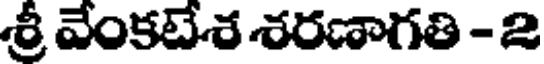
శ్రీ వేంకటేశ శరణాగతి - 2